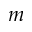
m